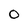
Character: 0